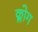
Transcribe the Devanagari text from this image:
क्लोग